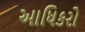
આધિકરો